Vital statistics of India. Vol. VI, European troops 1870-79
Year: 1870
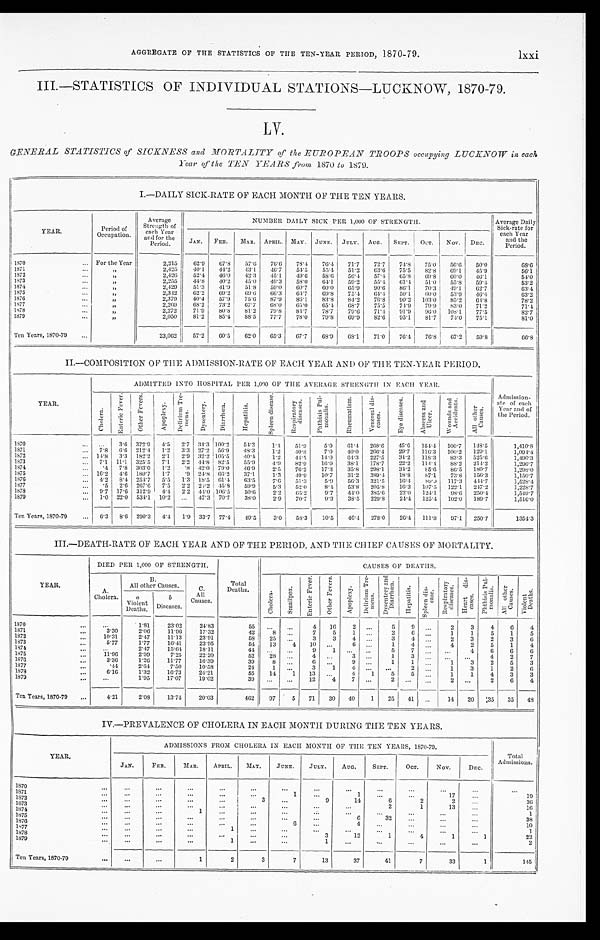
AGGREGATE OF THE STATISTICS OF THE TEN-YEAR PERIOD, 1870-79.
lxxi
III.—STATISTICS OF INDIVIDUAL STATIONS—LUCKNOW, 1870-79.
LV.
GENERAL STATISTICS of SICKNESS and MORTALITY of the EUROPEAN TROOPS occupying LUCKNOW in each
Year of the TEN YEARS from 1870 to 1879.
I.—DAILY SICK-RATE OF EACH MONTH OF THE TEN YEARS.
YEAR.
Period of
Occupation.
Average
Strength of
each Year
and for the
Period.
NUMBER DAILY SICK PER 1,000 OF STRENGTH.
Average Daily
Sick-rate for
each Year
and the
Period.
JAN. FEB.
MAR. APRIL. MAY. JUNE. JULY. AUG. SEPT. OCT.
NOV. DEC.
1870
... For the Year
2,215
62.9
67.8
57.6
76.6
78.4
76.4 71.7
72.7
74.8
75.0
56.0
50.0
68.6
1871
. . .
„
2,425
40.1
44.2
43.1
46.7
54.5
55.4
51.2
63.6
75.5
82.8
69.1
45.9
56.1
1872
...
„
2 , 4 2 6
52.4
46.0
42.3
45.1
4 9 . 6 58.6
56.4
57.4
65.8
69.8
60.0
46.1
54.0
1873
...
„
2,255
44.8
40.2
45.0
49.3
58.0
64.1
59.2
55.4
61.4
51.0
55.8
59.4
63.2
1874
...
„
2,429
51.3
41.9
51.8
59.0
60.7
6 0 . 0
6 5 . 9
90.6
86.1
70.3
49.1
62.7
63.4
1875
. . .
„
2,342
62.2
69.2
69.6
66.3
64.7
69.8
75.4
64.4
50.1
60.0
53.9
46.4
63.2
1876
...
„
2,379
40.4
57.9
75.6
87.9
86.1
83.8
84.2
76.8
9 0 . 2 103.0
85.2
64.8
78.2
1877
...
„
2,269
68.2
73.2
67.7
68.0
65.0
65.4
68.7
75.5
74.9
79.9
83.0
71.2
71.4
1878
...
„
2,272
71.9
80.8
81.2
79.8
84.7
78.7
79.6
71.4
91.9
96.0 108.1
77.5
82.7
1879
. . .
„
2,050
81.2
85.4 88.5
77.7
78.0
79.8
69.9
82.6
95.1
81.7
74 . 0
75.1
81.0
Ten Years, 1870-79
...
23,062
57.2
60.5
62.0
65.3
67.7
68.9
68.1
71.0
76.4 76.8
67.2
59.8
66.8
II.—COMPOSITION OF THE ADMISSION-RATE OF EACH YEAR AND OF THE TEN-YEAR PERIOD.
YEAR.
ADMITTED INTO HOSPITAL PER 1,000 OF THE AVERAGE STRENGTH IN EACH YEAR.
Admission-
ate of each
Year and of
the Period.
C h o l e r a .
E n t e r i c F e v e r .
O t h e r F e v e r s .
A p o p l e x y .
D e l i r i u m T r e -
m e n s .
D y s e n t e r y .
D i a r r h œ a .
H e p a t i t i s .
S p l e e n d i s e a s e .
R e s p i r a t o r y
d i s e a s e s .
P h t h i s i s P u l -
m o n a l i s .
R h e u m a t i s m .
V e n e r e a l d i s -
e a s e s .
E y e d i s e a s e s .
A b s c e s s a n d
Ul c e r .
W o u n d s a n d
A c c i d e n t s .
A l l o t h e r
C a u s e s .
1870
... ...
3.6 372.9 4.5 2.7 34.3 100.2
54.2
1.4 51.9
5.9
6 1 . 4 268.6
45.6 154.4 100.7 148.5
1,410.8
1871
... 7.8 6.6 212.4 1.2 3.3 27.2 56.9
48.3
1.2
40.8
7.0
40.0 266.4
29.7 116.3 100.2 129.1
1,094.4
1872
... 14.8 3.3 182.2 2.1 2.9 32.2 105.5
4 0 . 4
1.2
44.5
14.0
64.3 227.5
34.2 118.3
83.3 525.6
1,496.3
1873
... 7.1 11.1 325.5 7.1 2.2 44.8 82.5
55.9
4.9
82.9
16.9
38.1 178.7
22.2 114.4
88.2 214.2
1,296.7
1874
...
.4 7.8 303.0 1.2
.8 42.0 79.0
4 6 . 9
2.5
76.2
17.3
35.8 298.1
34.2
85.6
86.5 180.7
1,298.0
1875
... 16.2 4.6 180.7 1.7
.9 24.8 66.2
37.1
1.3
49.9
10.7
31.2 389.4
18.8
87.1
73.8 156.3
1,150.7
1876
. . . 4.2 8.4 254.7 5.5 1.3 18.5
61.4
63.5
7.6
51.3
5.9
56.3 321.5
16.4
8 9 . 9 117.3 444.7
1,528.4
1877
...
.5 2.6 267.6 7.5 2.2 24.2 45.8
59.9
5.3
52.0
8.4
53.8 205.8
16.3 107.5 122.1 247.2
1,228.7
1878
... 9.7 17.6 312.9 4.4 2.2 44.0 106.5
50.6
2.2
65.2
9.7
44.0 385.6
22.0 124.1
98.6 250.4
1,549.7
1879
... 1.0 22.0 534.1 10.2 ... 47.3 70.7
38.0
2.9
70.7
9.3
38.5 229.8
24.4 125.4 102.0 189.7
1,516.0
Ten Years, 1870-79
...
6 . 3 8.6 290.3 4.4 1.9 33.7 77.4
49.5
3.0
58.3
10.5
46.4 278.0
26.4 111.8
97.1 250.7
1354.3
III.—DEATH-RATE OF EACH YEAR AND OF THE PERIOD, AND THE CHIEF CAUSES OF MORTALITY.
YEAR.
DIED PER 1,000 OF STRENGTH.
Total
Deaths.
CAUSES OF DEATHS.
A.
Cholera.
B .
All other Causes.
C.
All
Causes.
C h o l e r a .
S m a l l p o x .
E n t e r i c F e v e r s .
O t h e r F e v e r s .
A p o p l e x y .
D e l i r i u m T r e -
m e n s .
D y s e n t e r y a n d
D i a r r h œ a .
H e p a t i t i s .
S p l e e n d i s -
e a s e .
R e s p i r a t o r y
d i s e a s e s .
H e a r t d i s -
e a s e s .
P h t h i s i s P u l -
m o n a l i s .
A l l o t h e r
C a u s e s .
V i o l e n t
D e a t h s .
a
Violent
Deaths.
b
Diseases.
1870
...
. . .
1.81
23.02
24.83
55
...
. . .
4
16
2 . . .
5
9
. . . 2
3
4
6
4
1871
...
3.30
2.06
11.96
17.32
42
8 ...
7
5
1 ...
2
6
. . . 1
1
5
1
5
1872 1873
...
. . .
10.31
5.77
2.47
1.77
11.13
16.41
23.91
23.95
58
54
25
13
... 4
3
10
3
...
4 6
. . .
. . .
3
1
4 4
. . .
. . . 2
4
3
2
2
5
3
1
6
4
1874
...
...
2.47
15.64
18.11
44 ...
. . .
9
1 ...
. . .
5
7
. . . ...
4
6
6
6
1875
...
11.96
2.99
7.25
22.20
52
28
. . .
4
. . .
3
. . .
1
3
. . .
. . . ...
4
2
7
1876
...
3.36
1.26
11.77
16.39
39
8
. . .
6
. . .
9 ...
1
1
. . . 1
3
2
5
3
1877
. . .
.44
2.64
7.50
10.58
24
1
. . .
3
1
4
. . .
. . .
2
. . . 1
3
1
2
6
1878
...
6.16
1.32
16.73
24.21
55
14
1
13 ...
4
1
5
5
. . . 1
1
4
3
3
1879
...
. . .
1.95
17.07
19.02
39
...
. . . 12
4
7 ...
2 ...
. . .
. . .
. . . 2
6
4
Ten Years, 1870-79
...
4.21
2.08
13.74
20.03
462
97
5
71
30
40
1
25
41 ...
11
20
35
35
48
IV.—PREVALENCE OF CHOLERA IN EACH MONTH DURING THE TEN YEARS.
YEAR.
ADMISSIONS FROM CHOLERA IN EACH MONTH OF THE TEN YEARS, 1870-79.
Total
Admissions.
JAN.
FEB.
MAR.
APRIL.
MAY.
JUNE.
JULY.
AUG.
SEPT.
OCT.
NOV.
DEC.
1870
...
...
...
. . .
...
. . .
. . .
. . .
. . .
. . .
. . .
...
...
. . .
1871
...
. . .
. . .
. . .
...
...
1
. . .
1
...
...
17
. . .
19
1872
...
...
. . .
...
...
3
...
9
14
6
2
2
. . .
3 6
1873
...
. . .
...
. . .
...
. . . ...
...
...
2
1
13
...
16
1874
...
...
...
. . .
. . .
. . .
. . .
. . .
. . .
...
. . .
. . .
...
1
1875
...
. . .
...
. . .
. . .
. . .
...
. . .
6
32 ...
...
...
38
1876
...
...
...
. . .
...
...
6
. . .
4
. . .
. . .
. . .
...
10
1877
...
. . .
...
...
1
. . .
. . .
. . .
. . .
...
...
. . .
...
1
1878
...
...
...
...
...
...
...
3
12
1
4
1
1
22
1879
. . . ...
. . .
. . .
1
. . .
. . .
1
. . .
...
...
. . .
...
2
Ten Years, 1870-79
...
...
...
1
2
3
7
13
37
41
7
33
1
145